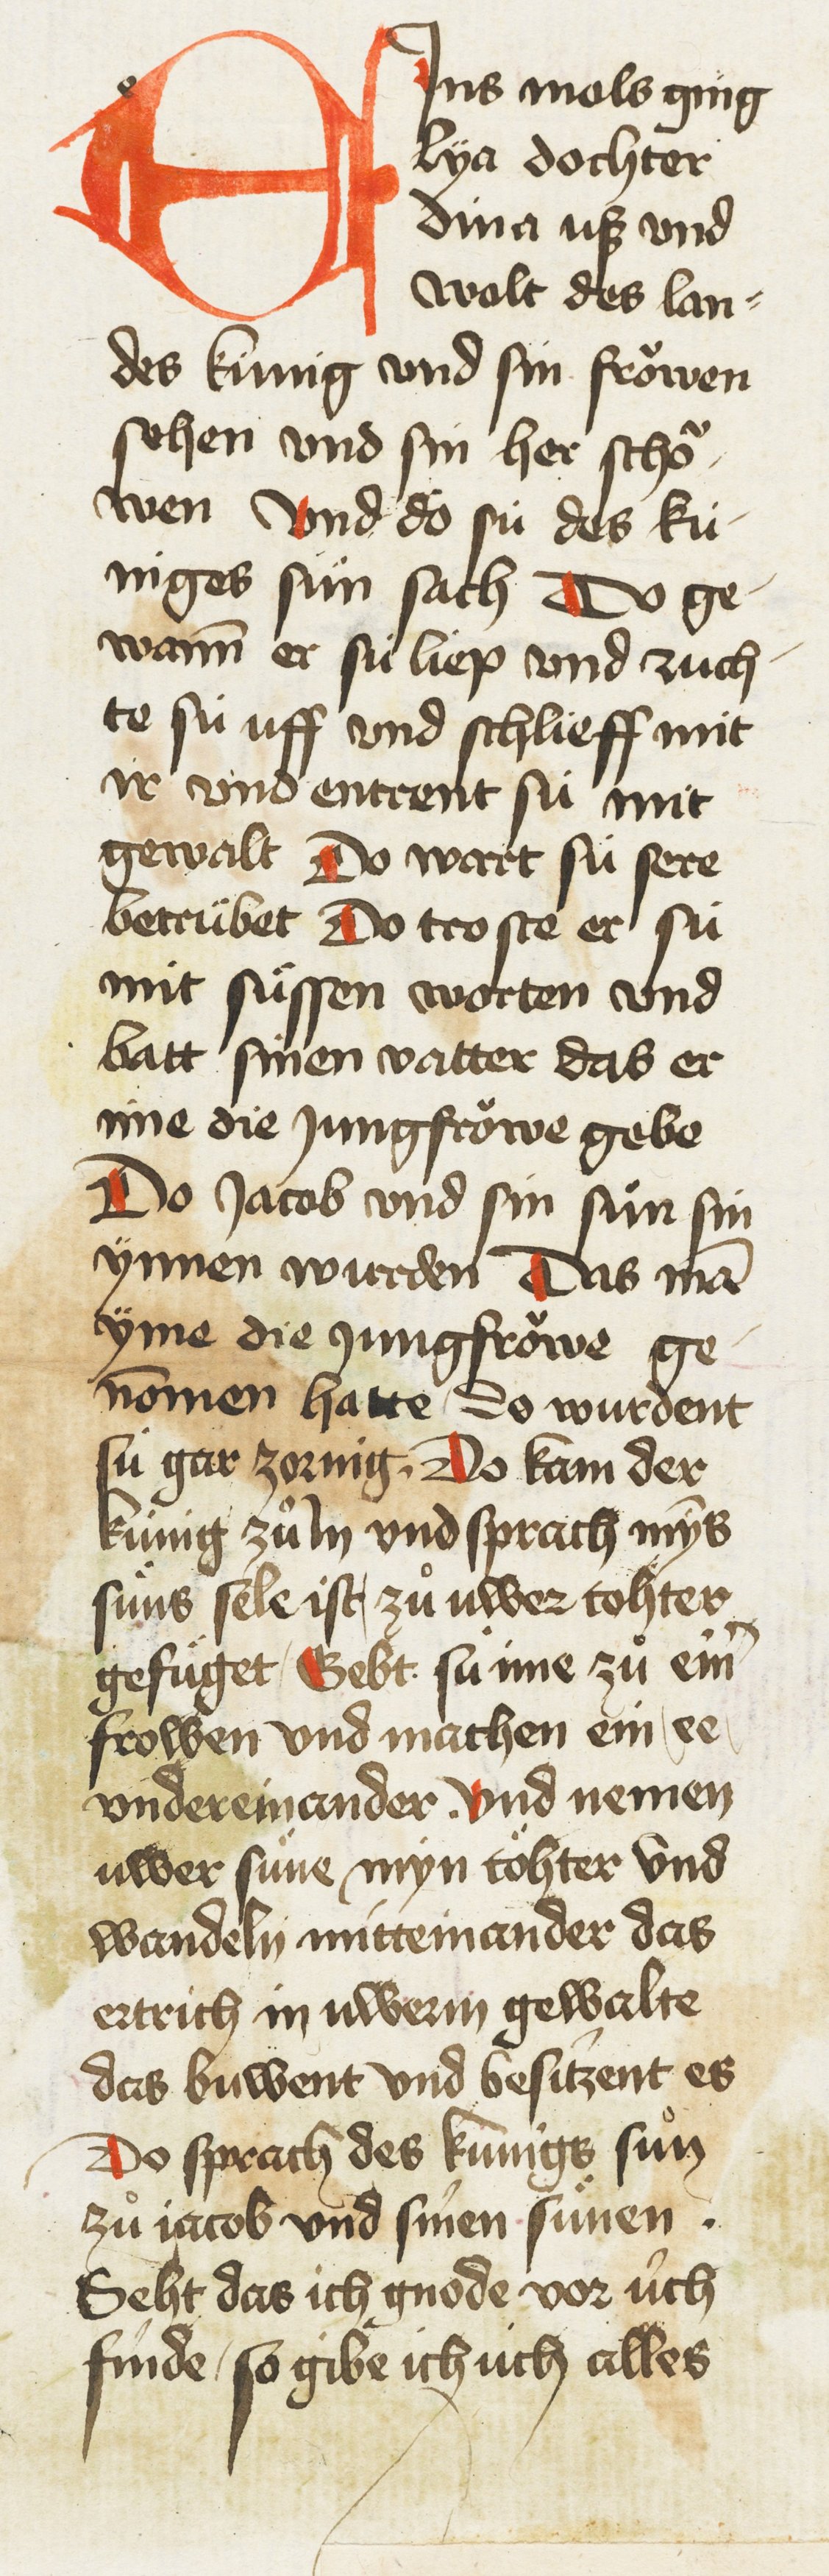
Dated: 1435–1465